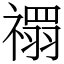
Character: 禤